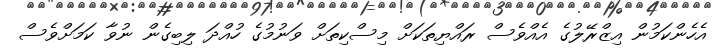
އެހެންކަމުން އިޒްރޭލުގެ އެއްވެސް ރައްޔިތަކަށް މިސްކިތަށް ވަނުމުގެ ހުއްދަ ލިބިގެން ނުވާ ކަމަށްވެސް